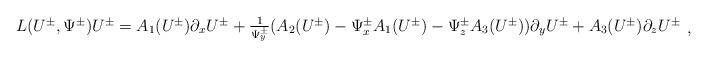
LaTeX: \begin{align*}\begin{array}{l}L(U^\pm, \Psi^\pm)U^\pm=A_1(U^{\pm})\partial_xU^{\pm}+\frac{1}{\Psi_y^{\pm}}(A_2(U^{\pm})-\Psi_x^{\pm}A_1(U^{\pm})-\Psi_z^{\pm}A_3(U^{\pm}))\partial_y U^{\pm}+A_3(U^{\pm})\partial_zU^{\pm}\end{array},\end{align*}